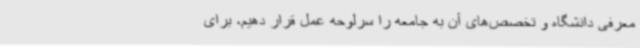
معرفی دانشگاه و تخصص‌های آن به جامعه را سرلوحه عمل قرار دهیم، برای